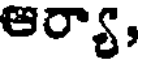
ఆర్యా,